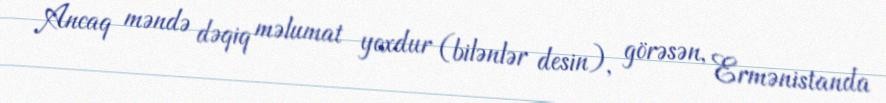
Ancaq məndə dəqiq məlumat yoxdur (bilənlər desin), görəsən, Ermənistanda